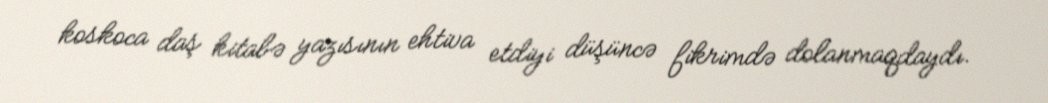
koskoca daş kitabə yazısının ehtiva etdiyi düşüncə fikrimdə dolanmaqdaydı.